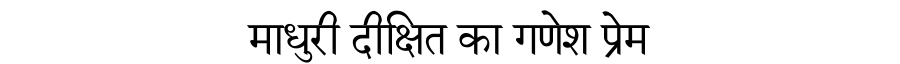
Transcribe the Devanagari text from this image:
माधुरी दीक्षित का गणेश प्रेम